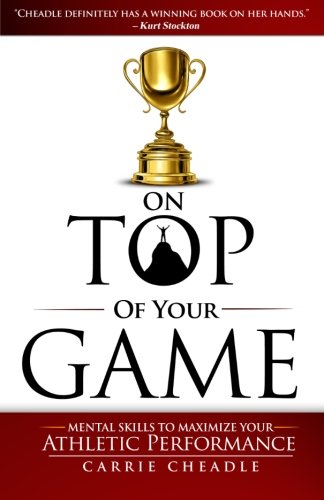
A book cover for On Top of Your Game: Mental Skills to Maximize Your Athletic Performance; Carrie Cheadle; Sports & Outdoors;